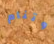
وتنام